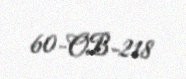
60-OB-218